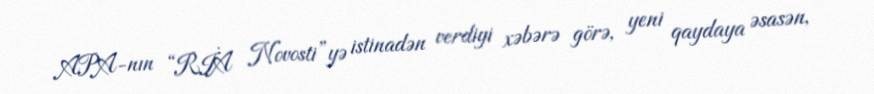
APA-nın “RİA Novosti”yə istinadən verdiyi xəbərə görə, yeni qaydaya əsasən,